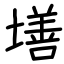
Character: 墡